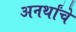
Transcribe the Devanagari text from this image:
अनर्थांचे